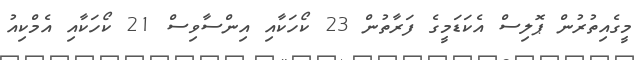
މީގެއިތުރުން ޕޮލިސް އެކަޑަމީގެ ފަރާތުން 23 ކޯހަކާއި އިންސާވިސް 21 ކޯހަކާއި އެމްކިއު